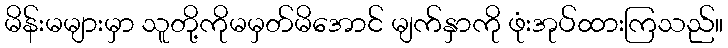
မိန်းမများမှာ သူတို့ကိုမမှတ်မိအောင် မျက်နှာကို ဖုံးအုပ်ထားကြသည်။